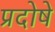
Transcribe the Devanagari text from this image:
प्रदोषे